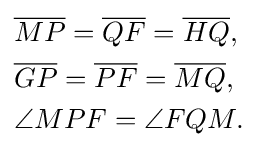
{\begin{aligned}&{\overline {MP}}={\overline {QF}}={\overline {HQ}},\\&{\overline {GP}}={\overline {PF}}={\overline {MQ}},\\&\angle MPF=\angle FQM.\end{aligned}}